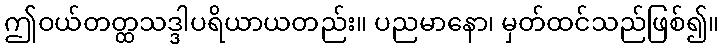
ဤဝယ်တတ္ထသဒ္ဒါပရိယာယတည်း။ ပညမာနော၊ မှတ်ထင်သည်ဖြစ်၍။